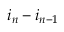
i _ { n } - i _ { n - 1 }